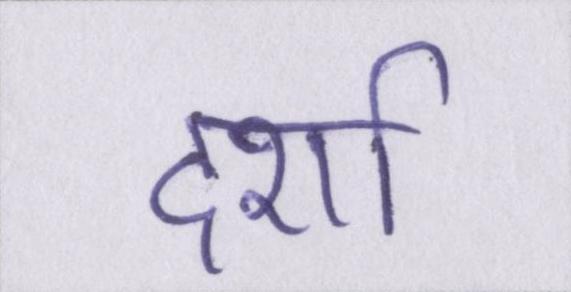
दर्शा